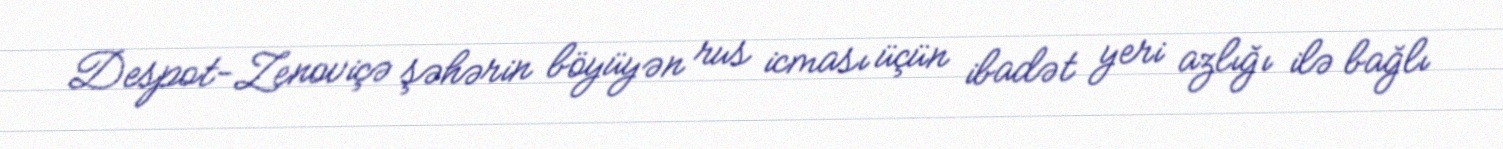
Despot-Zenoviçə şəhərin böyüyən rus icması üçün ibadət yeri azlığı ilə bağlı